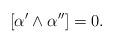
LaTeX: \begin{align*} [\alpha^{\prime} \wedge \alpha^{\prime \prime}] =0. \end{align*}